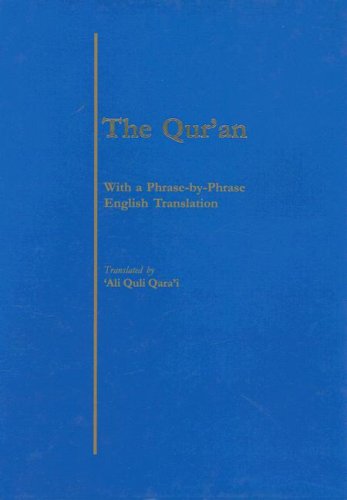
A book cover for The Qur'an: With a Phrase-by-Phrase English Translation (English and Arabic Edition); Religion & Spirituality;